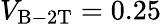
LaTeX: V_{\mathrm{B-2T}}=0.25